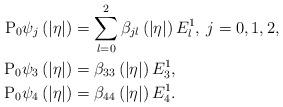
LaTeX: \begin{align*}\begin{aligned}\mathrm{P}_{0}\psi_{j}\left(\left|\eta\right|\right) & =\sum_{l=0}^{2}\beta_{jl}\left(\left|\eta\right|\right)E_{l}^{1},\:j=0,1,2,\\\mathrm{P}_{0}\psi_{3}\left(\left|\eta\right|\right) & =\beta_{33}\left(\left|\eta\right|\right)E_{3}^{1},\\\mathrm{P}_{0}\psi_{4}\left(\left|\eta\right|\right) & =\beta_{44}\left(\left|\eta\right|\right)E_{4}^{1}.\end{aligned}\end{align*}